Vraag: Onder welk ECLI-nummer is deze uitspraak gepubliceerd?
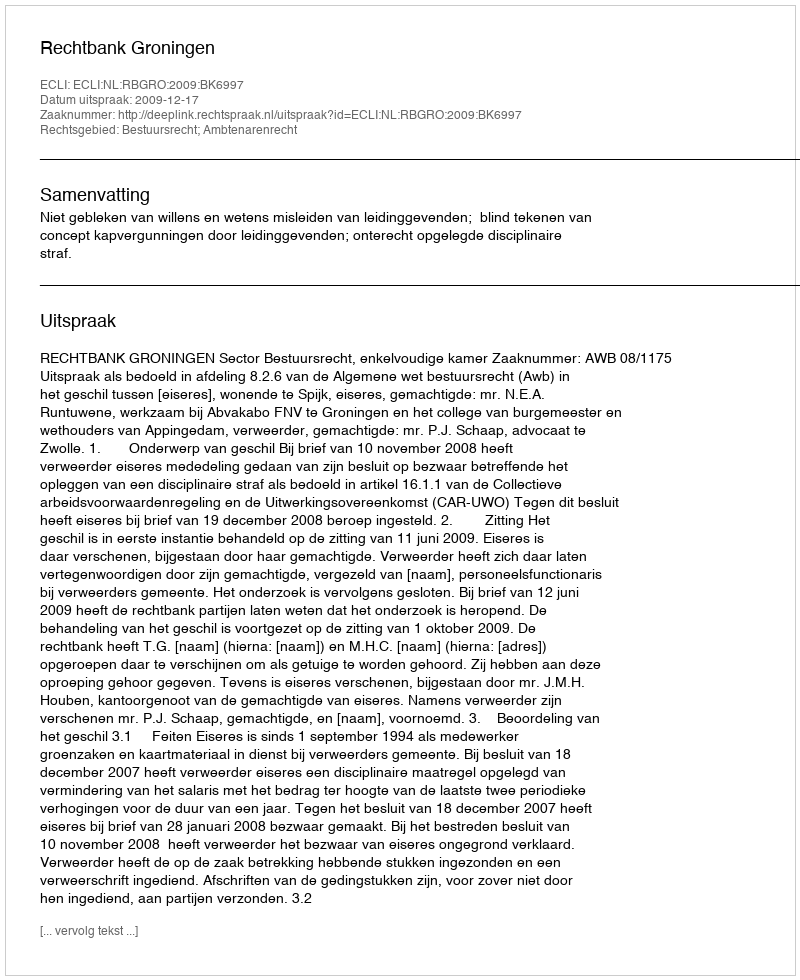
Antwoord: ECLI:NL:RBGRO:2009:BK6997